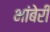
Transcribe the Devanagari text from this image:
भांबेरी